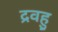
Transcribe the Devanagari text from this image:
द्रवहु